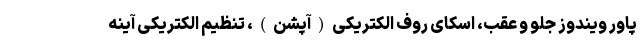
پاور ویندوز جلو و عقب، اسکای روف الکتریکی(آپشن)، تنظیم الکتریکی آینه